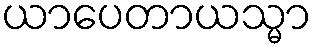
ယာပေတာယသ္မာ